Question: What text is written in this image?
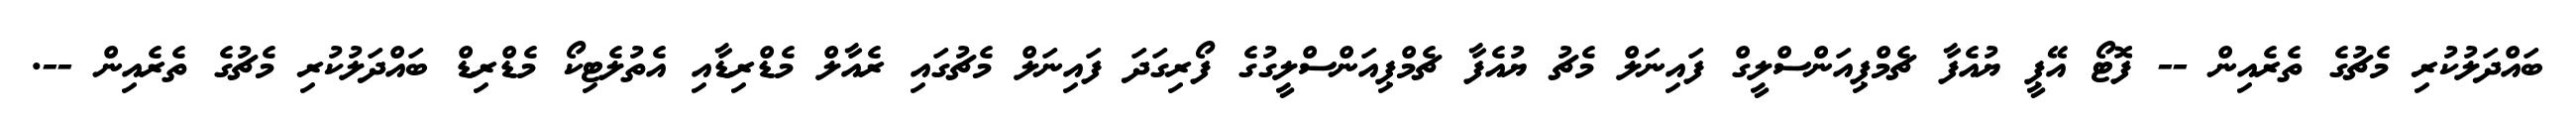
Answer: ބައްދަލުކުރި މެޗުގެ ތެރެއިން -- ފޮޓޯ އޭޕީ ޔުއެފާ ޗެމްޕިއަންސްލީގް ފައިނަލް މެޗު ޔުއެފާ ޗެމްޕިއަންސްލީގުގެ ފޯރިގަދަ ފައިނަލް މެޗުގައި ރެއާލް މެޑްރިޑާއި އެތުލެޓިކޯ މެޑްރިޑް ބައްދަލުކުރި މެޗުގެ ތެރެއިން --.